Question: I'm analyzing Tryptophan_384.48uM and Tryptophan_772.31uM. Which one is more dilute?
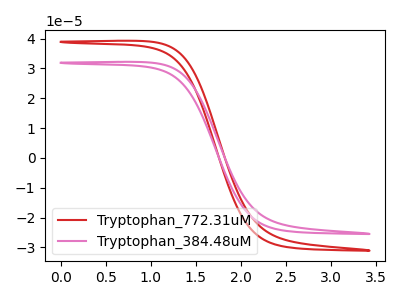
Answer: <think>The red curve "Tryptophan_772.31uM" has no peaks. The pink curve "Tryptophan_384.48uM" has no peaks.
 Neither "Tryptophan_384.48uM" or "Tryptophan_772.31uM" have any peaks.</think>
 <answer>I cant tell if "Tryptophan_384.48uM" or "Tryptophan_772.31uM" has higher concentration.</answer>
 <eval>mixed_concentration</eval>